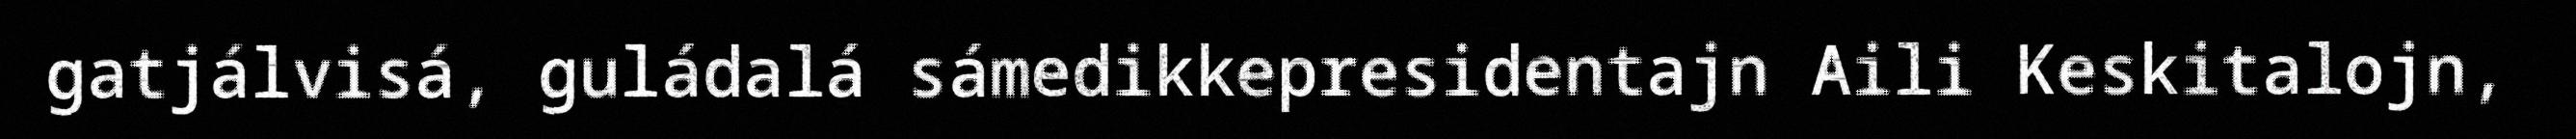
gatjálvisá, guládalá sámedikkepresidentajn Aili Keskitalojn,